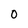
Character: 0